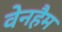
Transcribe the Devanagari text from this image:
वेनहैम